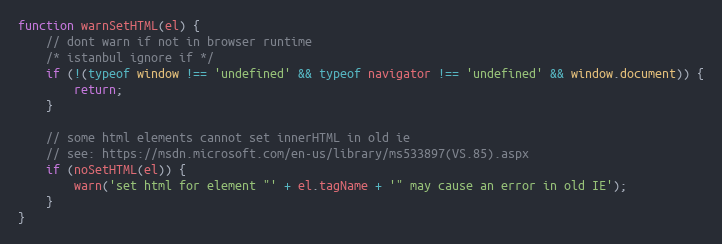
Language: JavaScript
function warnSetHTML(el) {
    // dont warn if not in browser runtime
    /* istanbul ignore if */
    if (!(typeof window !== 'undefined' && typeof navigator !== 'undefined' && window.document)) {
        return;
    }

    // some html elements cannot set innerHTML in old ie
    // see: https://msdn.microsoft.com/en-us/library/ms533897(VS.85).aspx
    if (noSetHTML(el)) {
        warn('set html for element "' + el.tagName + '" may cause an error in old IE');
    }
}